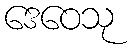
ဒေဝေသု